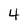
Character: 4